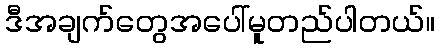
ဒီအချက်တွေအပေါ်မူတည်ပါတယ်။